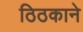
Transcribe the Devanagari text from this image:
ठिठकाने